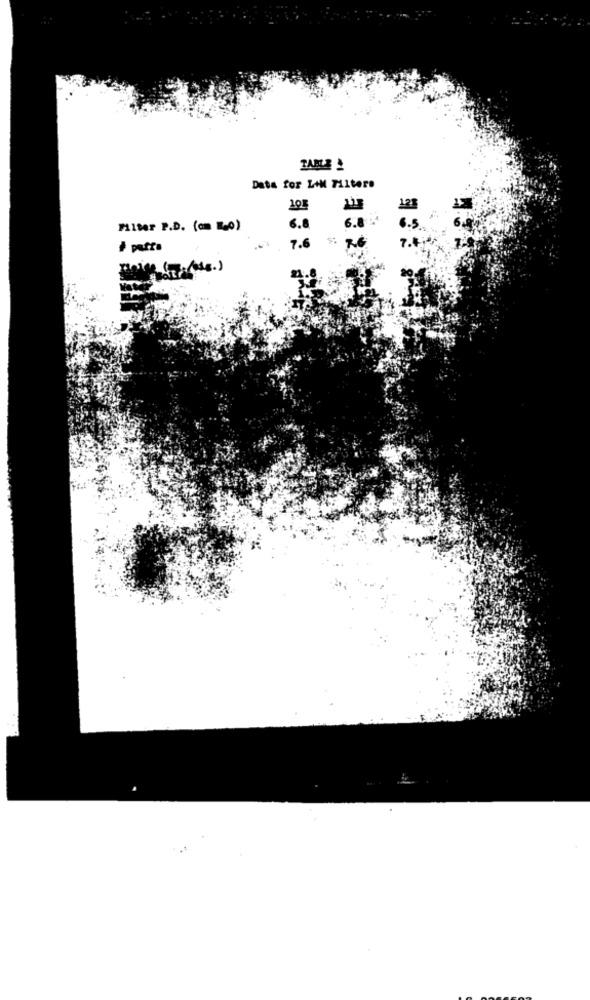
Data for LIM Filters
105
Filter P.D. (am [-0)
6.8
6.8
6.5
7.6 ¥ 7.6.
21.8